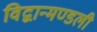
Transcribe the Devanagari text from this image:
विद्वान्मण्डली